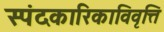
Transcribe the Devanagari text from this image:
स्पंदकारिकाविवृत्ति